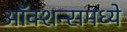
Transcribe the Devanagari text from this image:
ऑक्शन्समध्ये